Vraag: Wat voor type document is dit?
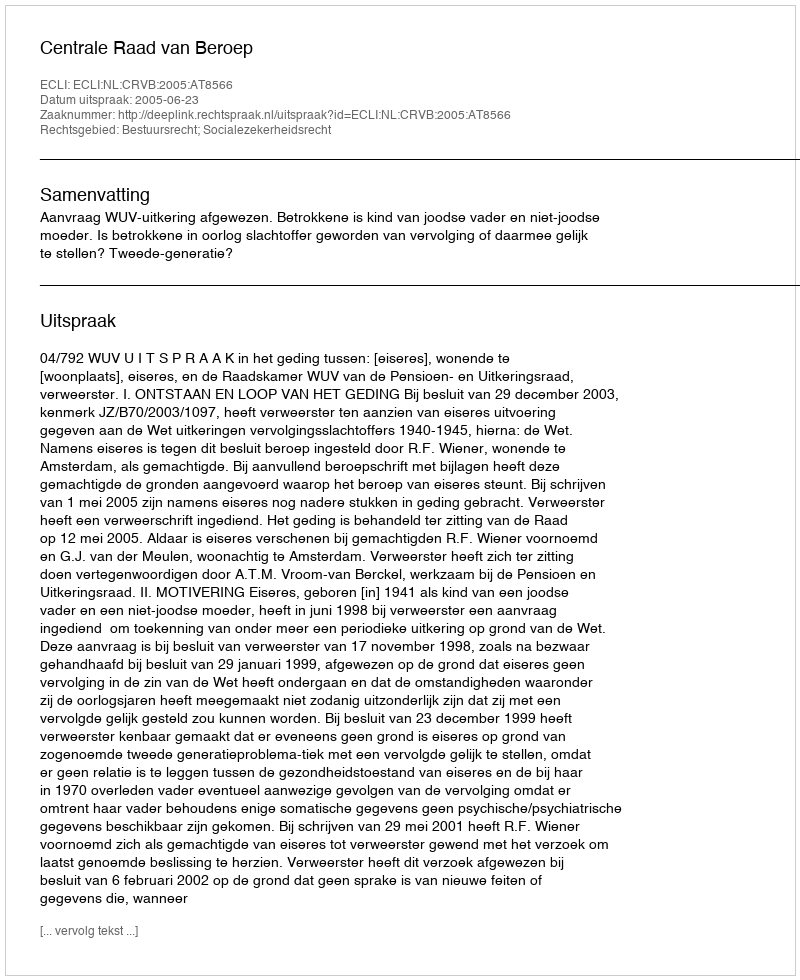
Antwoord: Uitspraak